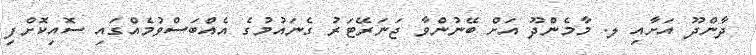
ދާންދޫ އަށާއި ލ. މާމެންދޫ އަށް ބޭނުންވާ ޖަނަރޭޓަރު ގެނައުމުގެ އެއްބަސްވުމެއްގައި ސޮއިކޮށްފި